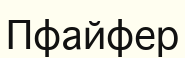
Пфайфер